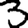
Digit: 3